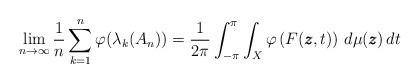
LaTeX: \begin{align*}\lim_{n\rightarrow\infty} \frac{1}{n} \sum_{k=1}^n \varphi(\lambda_k(A_n)) = \frac{1}{2\pi} \int_{-\pi}^{\pi} \int_{X} \varphi\left(F(\pmb{z},t)\right) \,d\mu(\pmb{z})\, dt\end{align*}